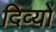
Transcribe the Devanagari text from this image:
दिव्यों